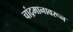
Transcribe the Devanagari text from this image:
चांद्रमानावरून